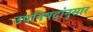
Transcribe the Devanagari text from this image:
उपनिषदांनुसार